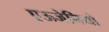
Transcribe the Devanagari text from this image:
एऊजेनियो